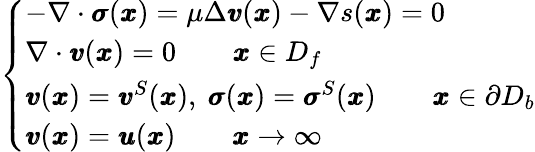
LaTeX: \left\{ \begin{array}{ll}{-\nabla\cdot{\pmb\sigma}({\pmb x})=\mu\Delta{\pmb v}({\pmb x})-\nabla s({\pmb x})=0}\\ {\nabla\cdot{\pmb v}({\pmb x})=0\qquad{\pmb x}\in D_{f}}\\ {{\pmb v}({\pmb x})={\pmb v}^{S}({\pmb x}),\ {\pmb\sigma}({\pmb x})={\pmb\sigma}^{S}({\pmb x})\qquad{\pmb x}\in\partial D_{b}}\\ {{\pmb v}({\pmb x})={\pmb u}({\pmb x})\qquad{\pmb x}\rightarrow\infty}\end{array}\right.